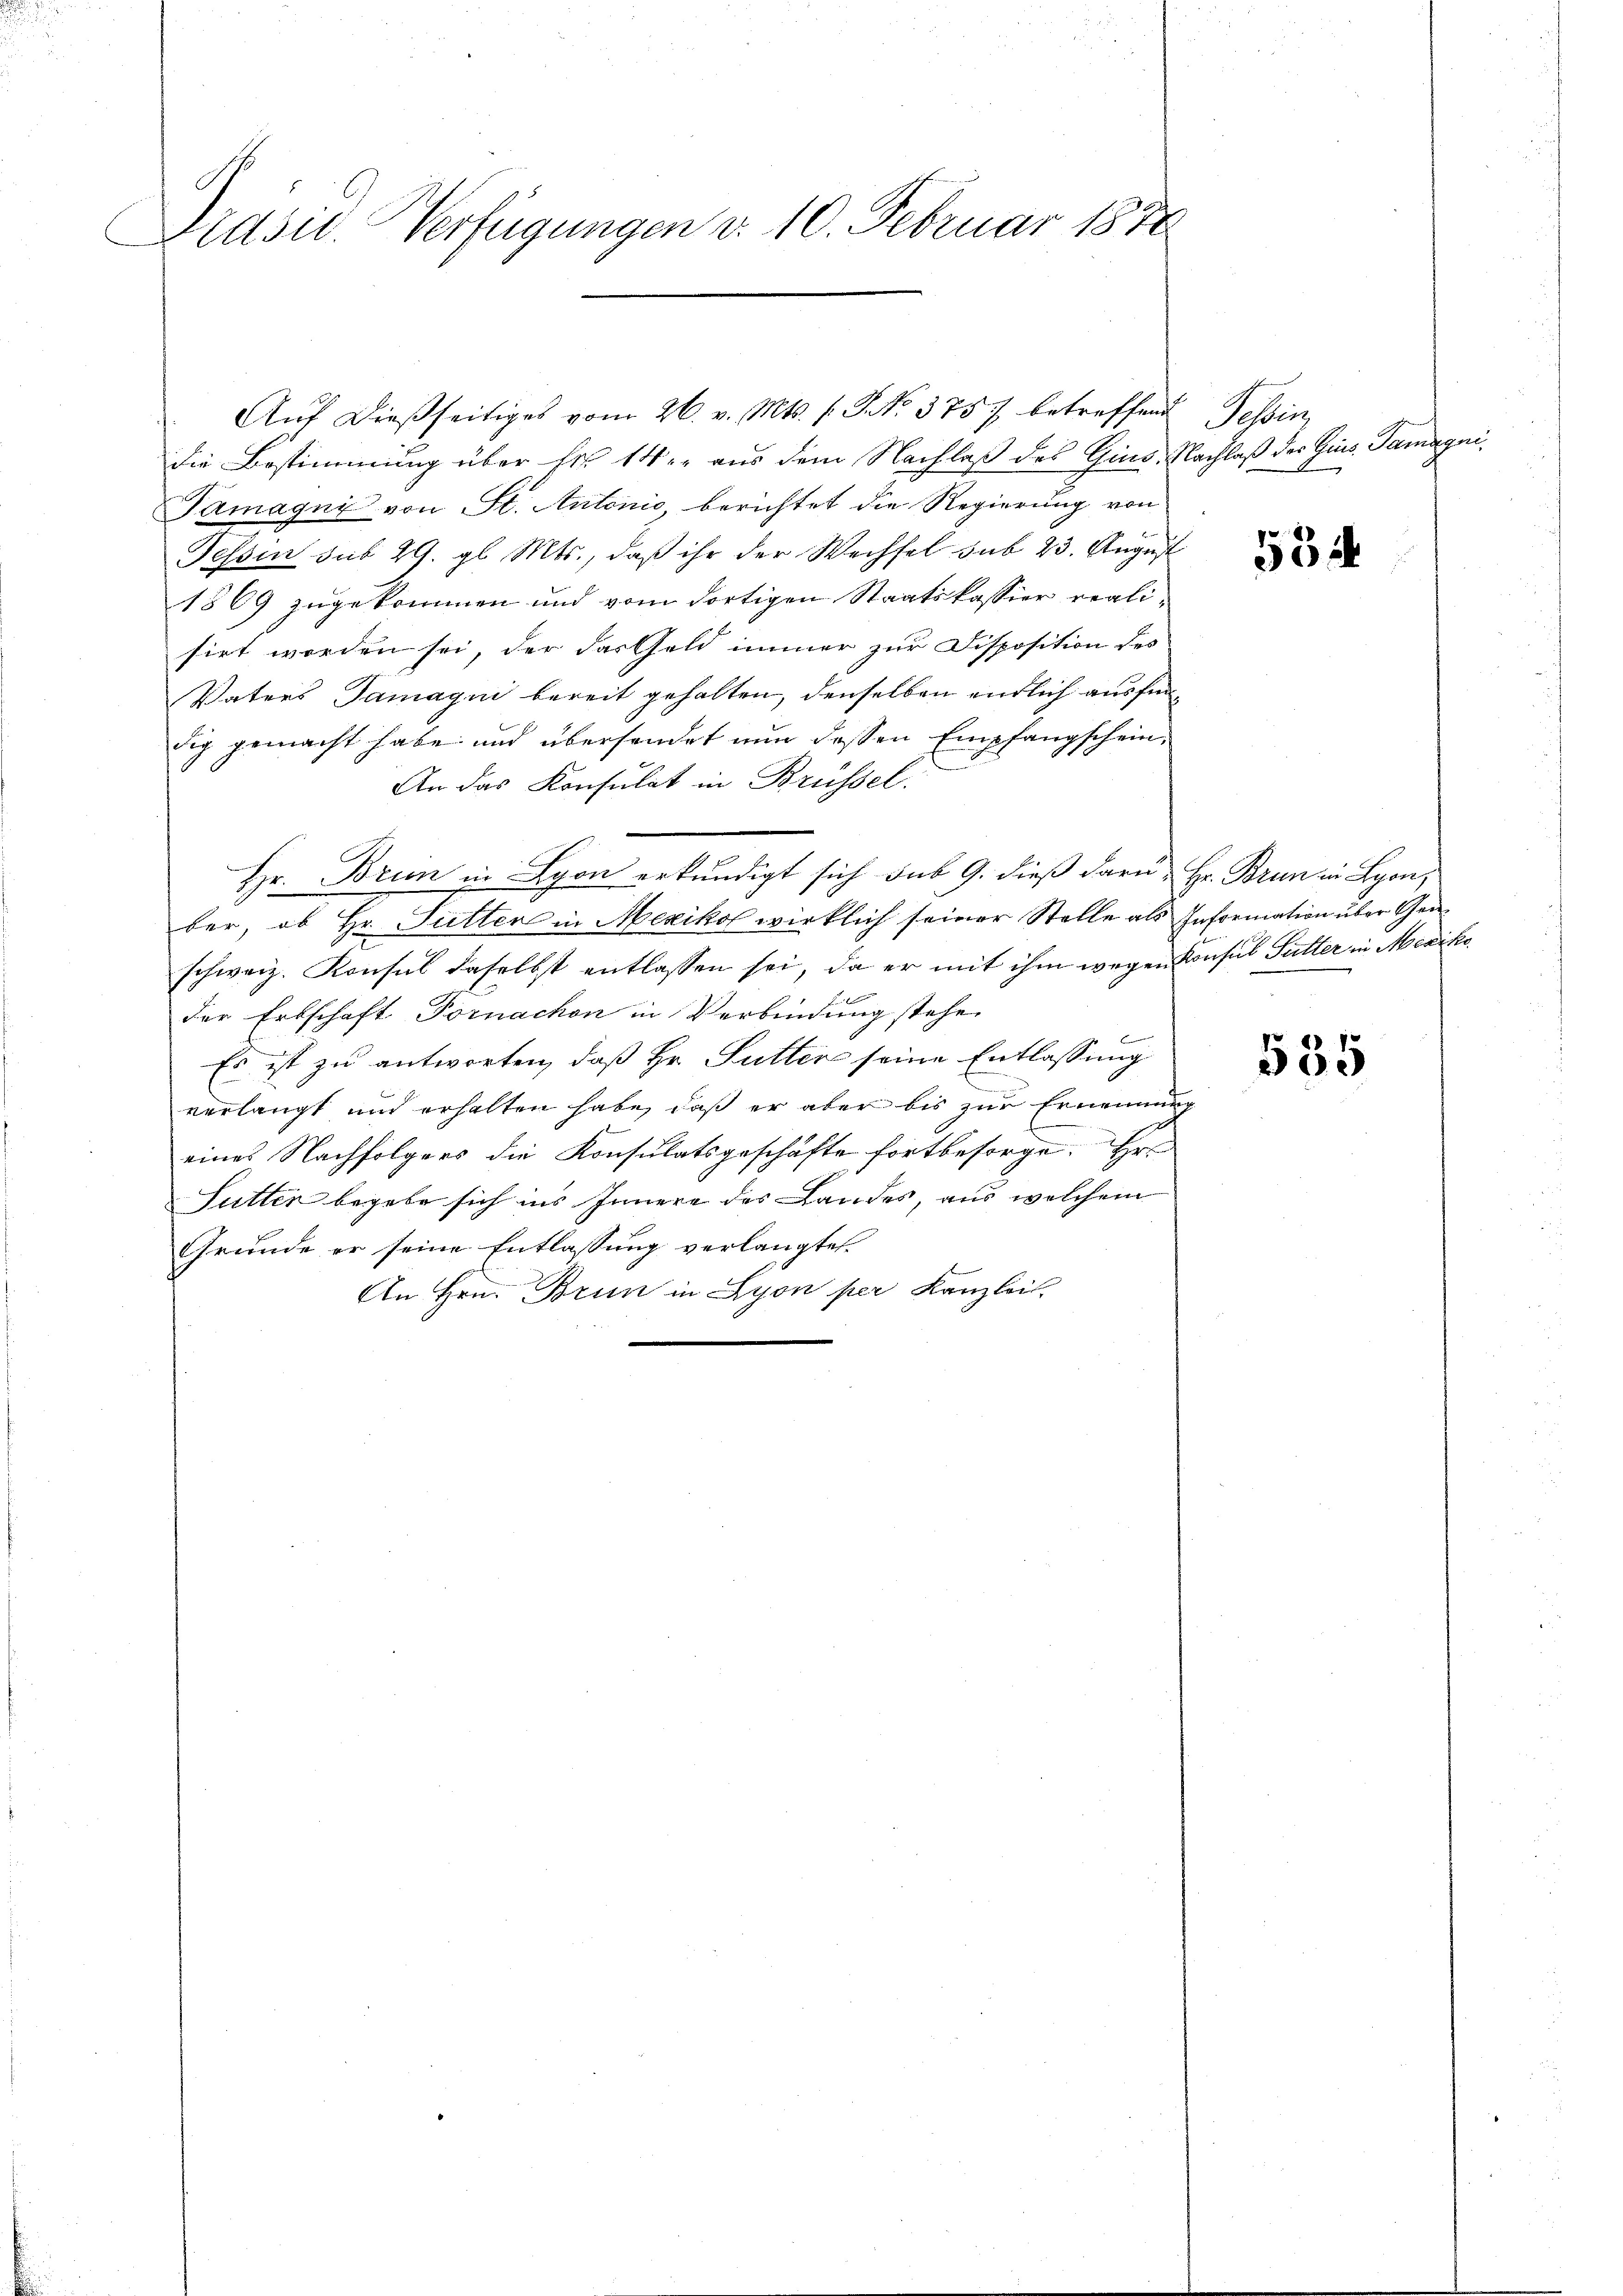
Präsid. Verfügungen d. 10. Februar 1870

die Bestimmung über Fr. 14 er aus dem Nachlaß des Gins. Nachlaß der Zins Tamagni¬
Tamagni von St. Antonio, berichtet die Regierung von
Tessir sub 29. gl. Mts., daβ ihr der Wechsel sub 23. August
1869 zugekommen und vom dortigen Staatskassier realisirt worden sei, der das Geld immer zur Disposition des
Vaters Tamagui bereit gehalten, denselben entlich ausfindig gemacht habe und übersendet nun dessen Empfangschein¬
An das Konsulat in Brüssel.
Hr. Brien in Lyon erkundigt sich sub 9. dieß daru. Hr. Brun in Lyon,
ber, ob Hr. Futter in Mexikol wirklich seiner Stelle als Information über Gen
schweiz. Konsul daselbst entlassen sei, da er mit ihm wegen Konsul Futter in Mexiko
der Erbschaft Fornachon in Verbindung stehe
Es ist zu antworten, daß Hr. Futter seine Entlassung
verlangt und erhalten habe, daß er aber bis zur Ernennung
eines Nachfolgers die Konsulatsgeschäfte fortbesorge. Er¬
Sutter begebe sich ins Innere des Landes, aus welchem
Grunde er seine Entlassung verlangte.
An Hrn. Brun in Lyon per Kanzlei

Aŭf dießseitiges vom 26. v. Mts. s. S. 375 7 betreffend Tessin

55

535